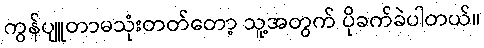
ကွန်ပျူတာမသုံးတတ်တော့ သူ့အတွက် ပိုခက်ခဲပါတယ်။